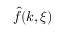
\hat { f } ( k , \xi )